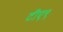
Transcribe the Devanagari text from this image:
टीए९